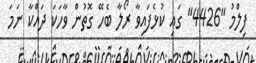
ފިލްމު "4426" ގައި ކުޅެފައިވާ ރޯލާ ބެހޭ ގޮތުން ވާހަކަ ދައްކާ ނަމަ